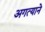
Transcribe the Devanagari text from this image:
अगत्याने